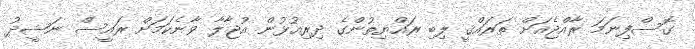
ގޮސްފިނަމަ ރާއްޖެއަށް ތަރައްޤީ ލިބި ރައްޔިތުންގެ ދިރިއުޅުން އުޖާލާ ވާނެކަމަށް ރައީސް ނަޝީދު